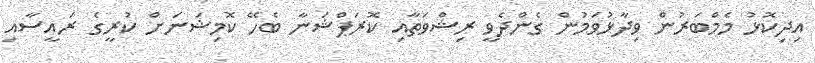
އިދިކޮޅު މެމްބަރުން ވިދާޅުވަމުން ގެންދެވީ ރިޝްވަތާއި ކޮރަޕްޝަނާ ބެހޭ ކޮމިޝަނަށް ކުރީގެ ރައީސާއި